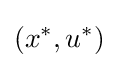
(x^{\ast },u^{\ast })